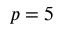
p = 5